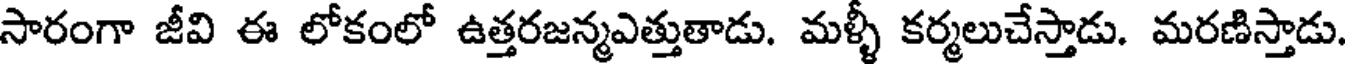
సారంగా జీవి ఈ లోకంలో ఉత్తరజన్మఎత్తుతాడు. మళ్ళీ కర్మలుచేస్తాడు. మరణిస్తాడు.